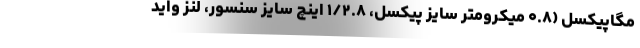
مگاپیکسل (۰.۸ میکرومتر سایز پیکسل، ۱/۲.۸ اینچ سایز سنسور، لنز واید